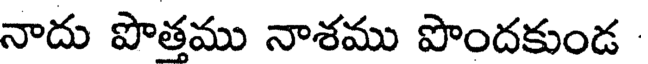
నాదు పొత్తము నాశము పొందకుండ